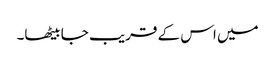
میں اس کے قریب جا بیٹھا۔